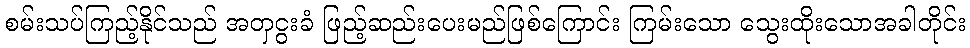
စမ်းသပ်ကြည့်နိုင်သည် အတှငွးခံ ဖြည့်ဆည်းပေးမည်ဖြစ်ကြောင်း ကြမ်းသော သွေးထိုးသောအခါတိုင်း